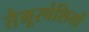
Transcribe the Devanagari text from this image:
तैमूरवंशियों